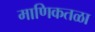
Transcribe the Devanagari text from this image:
माणिकतळा